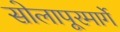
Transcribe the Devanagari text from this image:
सोलापूरमार्गे